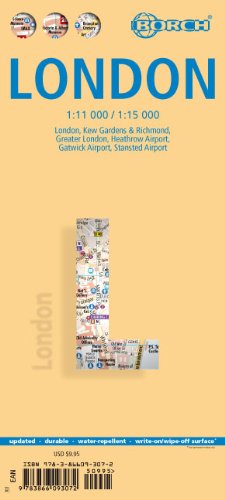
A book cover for Laminated London Map by Borch (English Edition); Borch; Travel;